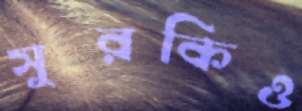
সুরকিও